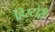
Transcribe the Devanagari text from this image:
हिस्टोरी